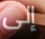
إلى